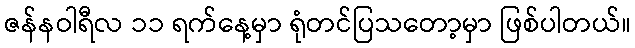
ဇန်နဝါရီလ ၁၁ ရက်နေ့မှာ ရုံတင်ပြသတော့မှာ ဖြစ်ပါတယ်။